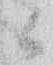
候